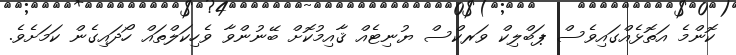
ކޮންމެ އަތޮޅެއްގައިވެސް ޕަބްލިކް ވަރކްސް ޔުނިޓެއް ޤާއިމުކޮށް ބޭނުންވާ ވެހިކަލްތައް ހޯދައިގެން ކަމަށެވެ.